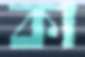
কা